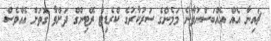
ޗައިނާ އެއް އެއްބަސްނުވާނެ މަމެންގެ ސަރުކާރުގެ ކްރެޑިޓް ރޭޓިންގް ދަށްވާ ގޮތަށް އެއްވެސް